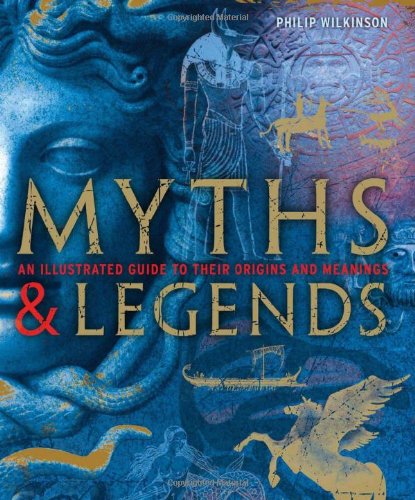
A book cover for Myths & Legends: An illustrated guide to their origins and meanings; Philip Wilkinson; History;